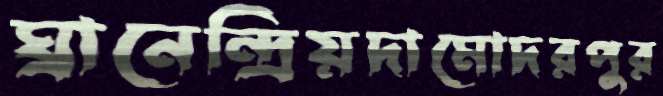
ঘ্রানেন্দ্রিয়দামোদরপুর